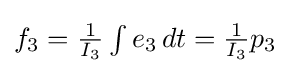
{\textstyle f_{3}={\frac {1}{I_{3}}}\int e_{3}\,dt={\frac {1}{I_{3}}}p_{3}}